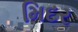
મિદર